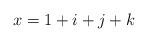
LaTeX: \begin{align*}x=1+i+j+k\end{align*}